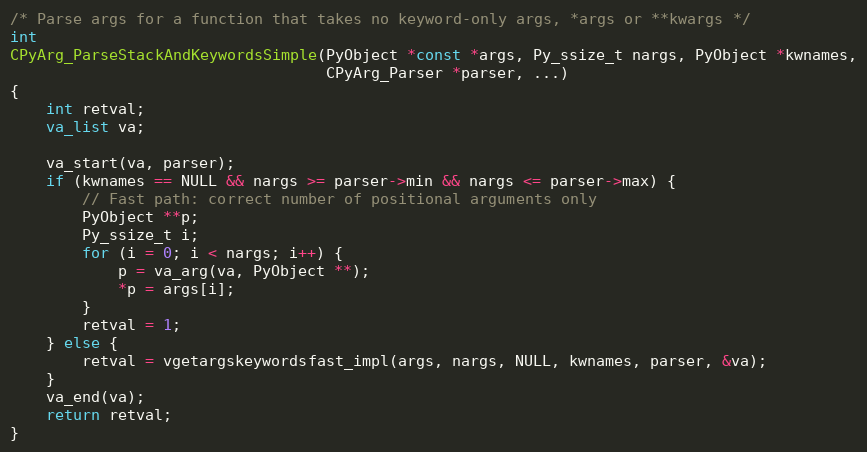
Language: C
/* Parse args for a function that takes no keyword-only args, *args or **kwargs */
int
CPyArg_ParseStackAndKeywordsSimple(PyObject *const *args, Py_ssize_t nargs, PyObject *kwnames,
                                   CPyArg_Parser *parser, ...)
{
    int retval;
    va_list va;

    va_start(va, parser);
    if (kwnames == NULL && nargs >= parser->min && nargs <= parser->max) {
        // Fast path: correct number of positional arguments only
        PyObject **p;
        Py_ssize_t i;
        for (i = 0; i < nargs; i++) {
            p = va_arg(va, PyObject **);
            *p = args[i];
        }
        retval = 1;
    } else {
        retval = vgetargskeywordsfast_impl(args, nargs, NULL, kwnames, parser, &va);
    }
    va_end(va);
    return retval;
}